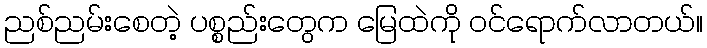
ညစ်ညမ်းစေတဲ့ ပစ္စည်းတွေက မြေထဲကို ဝင်ရောက်လာတယ်။